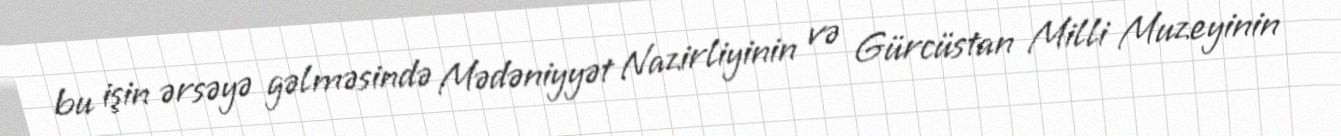
bu işin ərsəyə gəlməsində Mədəniyyət Nazirliyinin və Gürcüstan Milli Muzeyinin